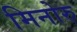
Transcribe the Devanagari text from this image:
मिनोरु